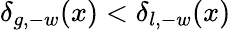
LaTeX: \delta_{g,-w}(x)<\delta_{l,-w}(x)